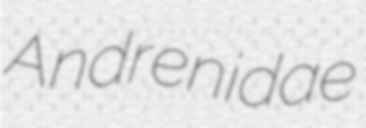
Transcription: Andrenidae